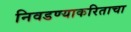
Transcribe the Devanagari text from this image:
निवडण्याकरिताचा